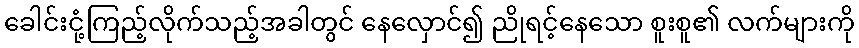
ခေါင်းငုံ့ကြည့်လိုက်သည့်အခါတွင် နေလှောင်၍ ညိုရင့်နေသော စူးစူ၏ လက်များကို